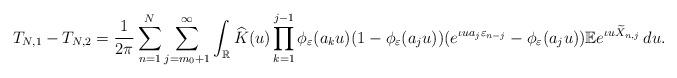
LaTeX: \begin{align*}T_{N,1}-T_{N,2}&=\frac{1}{2\pi}\sum^N_{n=1} \sum^{\infty}_{j=m_0+1} \int_{\mathbb{R}} \widehat{K}(u) \prod^{j-1}_{k=1}\phi_{\varepsilon}(a_ku)(1-\phi_{\varepsilon}(a_j u))(e^{\iota u a_j \varepsilon_{n-j}}-\phi_{\varepsilon}(a_j u)) \mathbb{E} e^{\iota u \widetilde{X}_{n, j}}\, du.\end{align*}